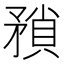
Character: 𭿻